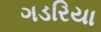
ગડરિયા